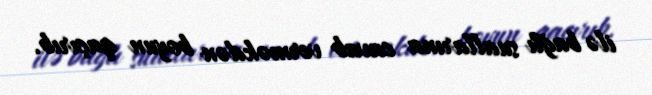
ilə bağlı suallarına cavab verməkdən boyun qaçırıb.